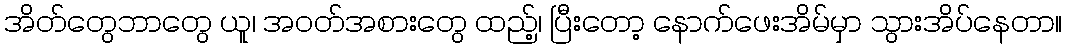
အိတ်တွေဘာတွေ ယူ၊ အဝတ်အစားတွေ ထည့်၊ ပြီးတော့ နောက်ဖေးအိမ်မှာ သွားအိပ်နေတာ။